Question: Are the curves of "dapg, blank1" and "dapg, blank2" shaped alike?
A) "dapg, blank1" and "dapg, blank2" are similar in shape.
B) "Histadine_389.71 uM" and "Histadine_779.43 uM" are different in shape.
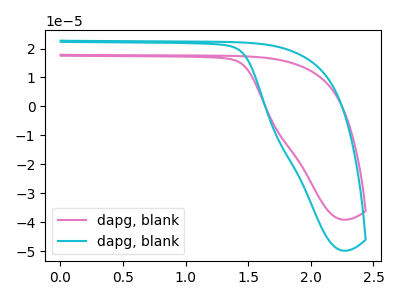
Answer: <think>The pink curve "dapg, blank1" has no peaks. The cyan curve "dapg, blank2" has no peaks.
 Neither "dapg, blank1" or "dapg, blank2" have any peaks.</think>
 <answer>A) "dapg, blank1" and "dapg, blank2" are similar in shape.</answer>
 <eval>A</eval>